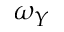
\omega _ { Y }